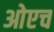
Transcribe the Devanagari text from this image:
ओएच